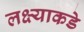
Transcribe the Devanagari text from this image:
लक्ष्याकडे